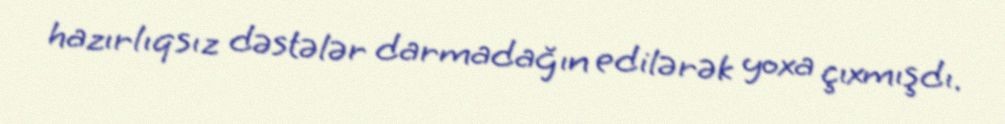
hazırlıqsız dəstələr darmadağın edilərək yoxa çıxmışdı.